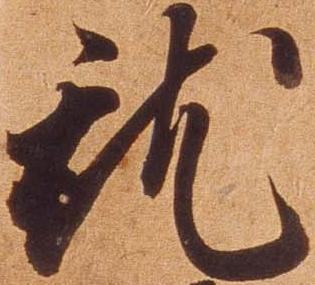
就